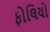
ફોલિયો